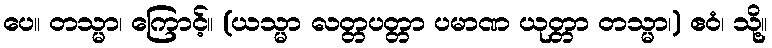
ပေ။ တသ္မာ၊ ကြောင့်။ (ယသ္မာ လတ္တပတ္တာ ပမာဏ ယုတ္တာ တသ္မာ၊) ဧဝံ၊ သို့။